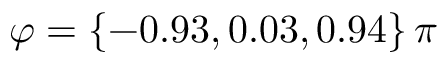
{ \varphi = \{ - 0 . 9 3 , 0 . 0 3 , 0 . 9 4 \} \, \pi }